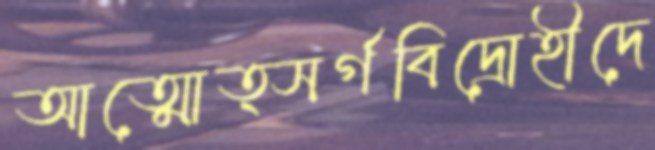
আত্মোত্সর্গবিদ্রোহীদে